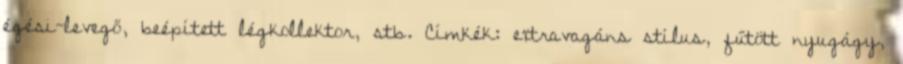
égési-levegő, beépített légkollektor, stb. Címkék: extravagáns stílus, fűtött nyugágy,